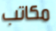
مكاتب